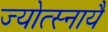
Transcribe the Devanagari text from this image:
ज्योत्स्नायै